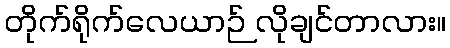
တိုက်ရိုက်လေယာဉ် လိုချင်တာလား။